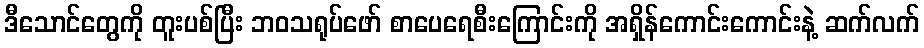
ဒီသောင်တွေကို တူးပစ်ပြီး ဘဝသရုပ်ဖော် စာပေရေစီးကြောင်းကို အရှိန်ကောင်းကောင်းနဲ့ ဆက်လက်